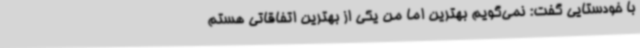
با خودستایی گفت: نمی‌گویم بهترین اما من یکی از بهترین اتفاقاتی هستم